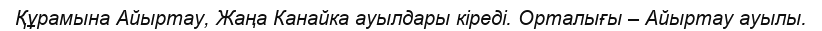
Құрамына Айыртау, Жаңа Канайка ауылдары кіреді. Орталығы – Айыртау ауылы.